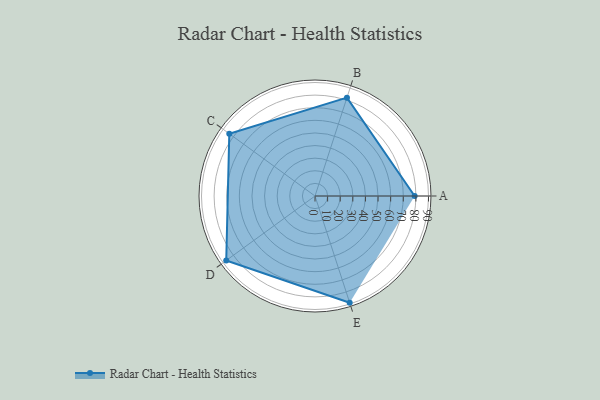
{"axis": {"x": "Skill", "y": "Score"}, "legend": ["Profile"], "data": [{"x": "A", "y": 79.0, "type": "Profile"}, {"x": "B", "y": 82.0, "type": "Profile"}, {"x": "C", "y": 84.0, "type": "Profile"}, {"x": "D", "y": 87.0, "type": "Profile"}, {"x": "E", "y": 89.0, "type": "Profile"}]}